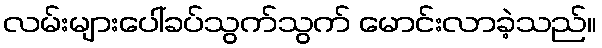
လမ်းများပေါ်ခပ်သွက်သွက် မောင်းလာခဲ့သည်။